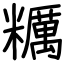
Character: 糲